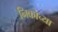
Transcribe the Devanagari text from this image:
निकोच्या